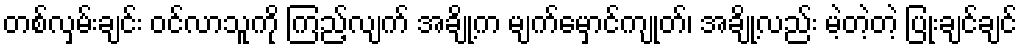
တစ်လှမ်းချင်း ဝင်လာသူကို ကြည့်လျက် အချို့က မျက်မှောင်ကျုတ်၊ အချို့လည်း မဲ့တဲ့တဲ့ ပြုံးချင်ချင်